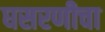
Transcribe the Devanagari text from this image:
घसरणीचा